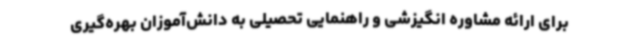
برای ارائه مشاوره انگیزشی و راهنمایی تحصیلی به دانش‌آموزان بهره‌گیری